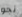
نحو